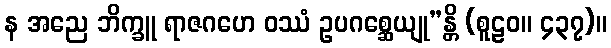
န အညေ ဘိက္ခူ ရာဇဂဟေ ဝဿံ ဥပဂစ္ဆေယျု”န္တိ (စူဠဝ။ ၄၃၇)။